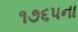
૧૭૬૫ના